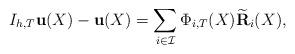
LaTeX: \begin{align*}I_{h,T}\mathbf{ u}(X)-\mathbf{ u}(X) = \sum_{i\in\mathcal{I}} \Phi_{i,T}(X)\widetilde{ \mathbf{ R}}_i(X),\end{align*}